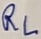
Text: RL